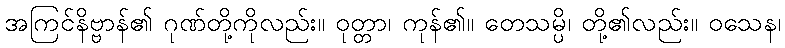
အကြင်နိဗ္ဗာန်၏ ဂုဏ်တို့ကိုလည်း။ ဝုတ္တာ၊ ကုန်၏။ တေသမ္ပိ၊ တို့၏လည်း။ ဝသေန၊